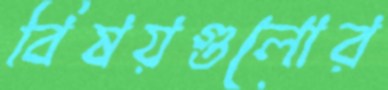
বিষয়গুলোর